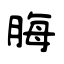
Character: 脢